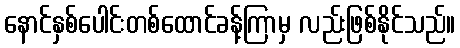
နောင်နှစ်ပေါင်းတစ်ထောင်ခန့်ကြာမှ လည်းဖြစ်နိုင်သည်။